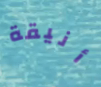
أنيقة